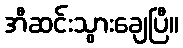
အီဆင်းသွားချေပြီ။